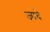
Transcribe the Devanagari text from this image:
जादे